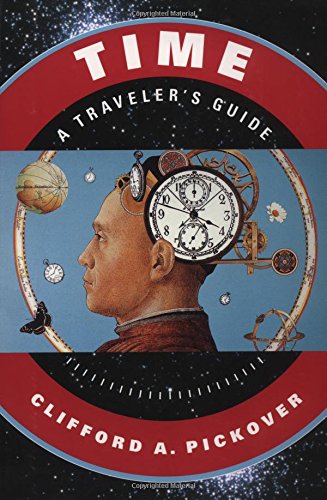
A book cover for Time: A Traveler's Guide; Clifford A. Pickover; Science & Math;